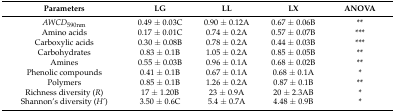
<table><thead><tr><td><b>Parameters</b></td><td><b>LG</b></td><td><b>LL</b></td><td><b>LX</b></td><td><b>ANOVA</b></td></tr></thead><tbody><tr><td><i>AWCD</i><sub>590nm</sub></td><td>0.49 ± 0.03C</td><td>0.90 ± 0.12A</td><td>0.67 ± 0.06B</td><td>**</td></tr><tr><td>Amino acids</td><td>0.17 ± 0.01C</td><td>0.74 ± 0.2A</td><td>0.57 ± 0.07B</td><td>***</td></tr><tr><td>Carboxylic acids</td><td>0.30 ± 0.08B</td><td>0.78 ± 0.2A</td><td>0.44 ± 0.03B</td><td>***</td></tr><tr><td>Carbohydrates</td><td>0.83 ± 0.1B</td><td>1.05 ± 0.2A</td><td>0.85 ± 0.05B</td><td>**</td></tr><tr><td>Amines</td><td>0.55 ± 0.03B</td><td>0.96 ± 0.1A</td><td>0.68 ± 0.02B</td><td>**</td></tr><tr><td>Phenolic compounds</td><td>0.41 ± 0.1B</td><td>0.67 ± 0.1A</td><td>0.68 ± 0.1A</td><td>*</td></tr><tr><td>Polymers</td><td>0.85 ± 0.1B</td><td>1.26 ± 0.2A</td><td>0.87 ± 0.1B</td><td>**</td></tr><tr><td>Richness diversity (<i>R</i>)</td><td>17 ± 1.20B</td><td>23 ± 0.9A</td><td>20 ± 2.3AB</td><td>*</td></tr><tr><td>Shannon’s diversity (<i>H’</i>)</td><td>3.50 ± 0.6C</td><td>5.4 ± 0.7A</td><td>4.48 ± 0.9B</td><td>*</td></tr></tbody></table>